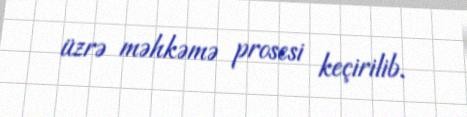
üzrə məhkəmə prosesi keçirilib.